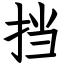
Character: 挡